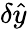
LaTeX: \delta\hat{y}